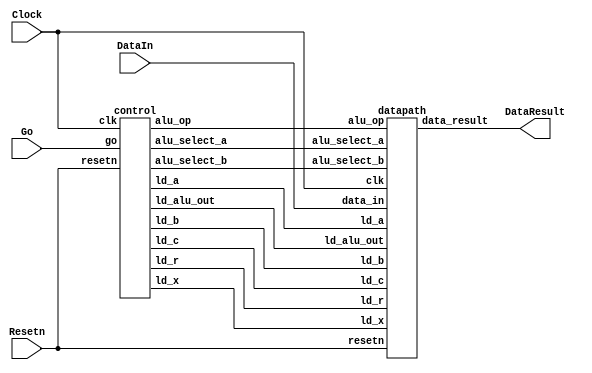
// DataIn - input data port
// Resetn - synchronous reset
// Go signal starts things
// DataResult - register at output of ALU

module part2(Clock, Resetn, Go, DataIn, DataResult);
    input Clock;
    input Resetn;
    input Go;
    input [7:0] DataIn;
    output [7:0] DataResult;

    // lots of wires to connect our datapath and control
    wire ld_a, ld_b, ld_c, ld_x, ld_r;
    wire ld_alu_out;
    wire [1:0]  alu_select_a, alu_select_b;
    wire alu_op;

    control C0(
        .clk(Clock),
        .resetn(Resetn),
        
        .go(Go),
        
        .ld_alu_out(ld_alu_out), 
        .ld_x(ld_x),
        .ld_a(ld_a),
        .ld_b(ld_b),
        .ld_c(ld_c), 
        .ld_r(ld_r), 
        
        .alu_select_a(alu_select_a),
        .alu_select_b(alu_select_b),
        .alu_op(alu_op)
    );

    datapath D0(
        .clk(Clock),
        .resetn(Resetn),

        .ld_alu_out(ld_alu_out), 
        .ld_x(ld_x),
        .ld_a(ld_a),
        .ld_b(ld_b),
        .ld_c(ld_c), 
        .ld_r(ld_r), 

        .alu_select_a(alu_select_a),
        .alu_select_b(alu_select_b),
        .alu_op(alu_op),

        .data_in(DataIn),
        .data_result(DataResult)
    );
                
 endmodule             
                

module control(
    input clk,
    input resetn,
    input go,

    output reg  ld_a, ld_b, ld_c, ld_x, ld_r,
    output reg  ld_alu_out,
    output reg [1:0]  alu_select_a, alu_select_b,
    output reg alu_op
    );

    reg [5:0] current_state, next_state; 
    
    localparam  S_LOAD_A        = 5'd0,
                S_LOAD_A_WAIT   = 5'd1,
                S_LOAD_B        = 5'd2,
                S_LOAD_B_WAIT   = 5'd3,
                S_LOAD_C        = 5'd4,
                S_LOAD_C_WAIT   = 5'd5,
                S_LOAD_X        = 5'd6,
                S_LOAD_X_WAIT   = 5'd7,
                S_CYCLE_0       = 5'd8,
                S_CYCLE_1       = 5'd9,
                S_CYCLE_2       = 5'd10,
					S_CYCLE_3		= 5'd11,
					S_CYCLE_4		= 5'd12;
    
    // Next state logic aka our state table
    always@(*)
    begin: state_table 
            case (current_state)
                S_LOAD_A: next_state = go ? S_LOAD_A_WAIT : S_LOAD_A; // Loop in current state until value is input
                S_LOAD_A_WAIT: next_state = go ? S_LOAD_A_WAIT : S_LOAD_B; // Loop in current state until go signal goes low
                S_LOAD_B: next_state = go ? S_LOAD_B_WAIT : S_LOAD_B; // Loop in current state until value is input
                S_LOAD_B_WAIT: next_state = go ? S_LOAD_B_WAIT : S_LOAD_C; // Loop in current state until go signal goes low
                S_LOAD_C: next_state = go ? S_LOAD_C_WAIT : S_LOAD_C; // Loop in current state until value is input
                S_LOAD_C_WAIT: next_state = go ? S_LOAD_C_WAIT : S_LOAD_X; // Loop in current state until go signal goes low
                S_LOAD_X: next_state = go ? S_LOAD_X_WAIT : S_LOAD_X; // Loop in current state until value is input
                S_LOAD_X_WAIT: next_state = go ? S_LOAD_X_WAIT : S_CYCLE_0; // Loop in current state until go signal goes low
                S_CYCLE_0: next_state = S_CYCLE_1;
                S_CYCLE_1: next_state = S_CYCLE_2; // we will be done our two operations, start over after
					 S_CYCLE_2: next_state = S_CYCLE_3;
					 S_CYCLE_3: next_state = S_CYCLE_4;
					 S_CYCLE_4: next_state = S_LOAD_A;
            default:     next_state = S_LOAD_A;
        endcase
    end // state_table
   

    // Output logic aka all of our datapath control signals
    always @(*)
    begin: enable_signals
        // By default make all our signals 0
        ld_alu_out = 1'b0;
        ld_a = 1'b0;
        ld_b = 1'b0;
        ld_c = 1'b0;
        ld_x = 1'b0;
        ld_r = 1'b0;
        alu_select_a = 2'b0;
        alu_select_b = 2'b0;
        alu_op       = 1'b0;

        case (current_state)
            S_LOAD_A: begin
                ld_a = 1'b1;
                end
            S_LOAD_B: begin
                ld_b = 1'b1;
                end
            S_LOAD_C: begin
                ld_c = 1'b1;
                end
            S_LOAD_X: begin
                ld_x = 1'b1;
                end
            S_CYCLE_0: begin // Do A <- A * x 
                ld_alu_out = 1'b1; ld_a = 1'b1; // store result back into A
                alu_select_a = 2'b00; // Select register A
                alu_select_b = 2'b11; // Select register X
                alu_op = 1'b1; // Do multiply operation
            end
            S_CYCLE_1: begin // Do A <- A*x*x
                ld_alu_out = 1'b1; ld_a = 1'b1; // store result in result register
                alu_select_a = 2'b00; // Select register A
                alu_select_b = 2'b11; // Select register X
                alu_op = 1'b1; // Do multiply operation
            end
				S_CYCLE_2: begin // Do B <- B * x
					ld_alu_out = 1'b1; ld_b = 1'b1; //store result back into B
					alu_select_a = 2'b01; // Select register B
					alu_select_b = 2'b11; // Selecct register X
					alu_op = 1'b1; //Do multiply operation
				end
				S_CYCLE_3: begin // Do A = Ax^2 + Bx
					ld_alu_out = 1'b1; ld_a = 1'b1; 
					alu_select_a = 2'b00; // Select register A
					alu_select_b = 2'b01; // Select register B
					alu_op = 1'b0; // Do add operation
				end
				S_CYCLE_4: begin
						 ld_r = 1'b1; // store result in result register
						 alu_select_a = 2'b00; // Select register A
						 alu_select_b = 2'b10; // Select register C
						 alu_op = 1'b0; // Do Add operation
				end
        // default:    // don't need default since we already made sure all of our outputs were assigned a value at the start of the always block
        endcase
    end // enable_signals
   
    // current_state registers
    always@(posedge clk)
    begin: state_FFs
        if(!resetn)
            current_state <= S_LOAD_A;
        else
            current_state <= next_state;
    end // state_FFS
endmodule

module datapath(
    input clk,
    input resetn,
    input [7:0] data_in,
    input ld_alu_out, 
    input ld_x, ld_a, ld_b, ld_c,
    input ld_r,
    input alu_op, 
    input [1:0] alu_select_a, alu_select_b,
    output reg [7:0] data_result
    );
    
    // input registers
    reg [7:0] a, b, c, x;

    // output of the alu
    reg [7:0] alu_out;
    // alu input muxes
    reg [7:0] alu_a, alu_b;
    
    // Registers a, b, c, x with respective input logic
    always@(posedge clk) begin
        if(!resetn) begin
            a <= 8'b0; 
            b <= 8'b0; 
            c <= 8'b0; 
            x <= 8'b0; 
        end
        else begin
            if(ld_a)
                a <= ld_alu_out ? alu_out : data_in; // load alu_out if load_alu_out signal is high, otherwise load from data_in
            if(ld_b)
                b <= ld_alu_out ? alu_out : data_in; // load alu_out if load_alu_out signal is high, otherwise load from data_in
            if(ld_x)
                x <= data_in;

            if(ld_c)
                c <= data_in;
        end
    end
 
    // Output result register
    always@(posedge clk) begin
        if(!resetn) begin
            data_result <= 8'b0; 
        end
        else 
            if(ld_r)
                data_result <= alu_out;
    end

    // The ALU input multiplexers
    always @(*)
    begin
        case (alu_select_a)
            2'd0:
                alu_a = a;
            2'd1:
                alu_a = b;
            2'd2:
                alu_a = c;
            2'd3:
                alu_a = x;
            default: alu_a = 8'b0;
        endcase

        case (alu_select_b)
            2'd0:
                alu_b = a;
            2'd1:
                alu_b = b;
            2'd2:
                alu_b = c;
            2'd3:
                alu_b = x;
            default: alu_b = 8'b0;
        endcase
    end

    // The ALU 
    always @(*)
    begin : ALU
        // alu
        case (alu_op)
            0: begin
                   alu_out = alu_a + alu_b; //performs addition
               end
            1: begin
                   alu_out = alu_a * alu_b; //performs multiplication
               end
            default: alu_out = 8'b0;
        endcase
    end
    
endmodule